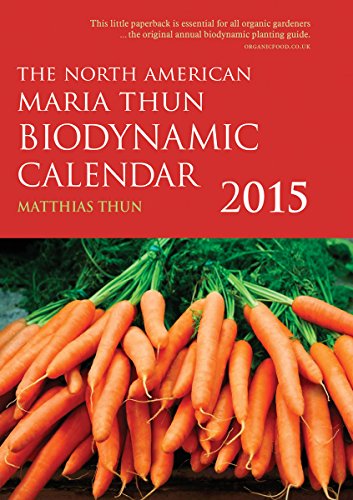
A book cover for The North American Maria Thun Biodynamic Calendar 2015; Matthias Thun; Science & Math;